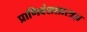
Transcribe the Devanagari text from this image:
प्राणिवंशशास्त्रज्ञ